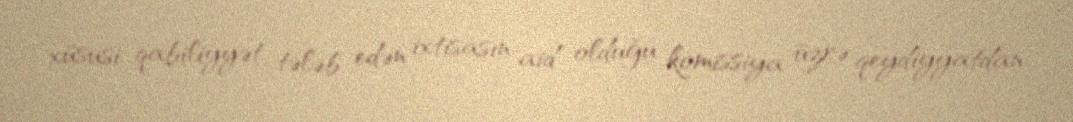
xüsusi qabiliyyət tələb edən ixtisasın aid olduğu komissiya üzrə qeydiyyatdan